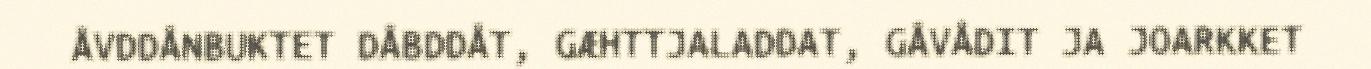
ÅVDDÅNBUKTET DÅBDDÅT, GÆHTTJALADDAT, GÅVÅDIT JA JOARKKET